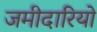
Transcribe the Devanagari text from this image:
जमीदारियो